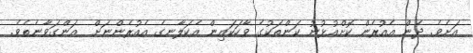
އަށެވެ. ދެން އެއުރެން ކޮށްއުޅުނު ކަންތަކުގެ ވާހަކައިން އެކަލާނގެ އެއުރެންނަށް  އަންގަވާނެތެވެ.